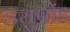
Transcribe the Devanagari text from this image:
ड्युपोंड